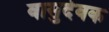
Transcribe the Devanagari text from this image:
वासुदेवक